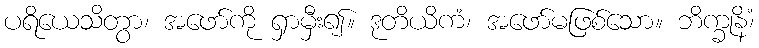
ပရိယေသိတွာ၊ အဖော်ကို ရှာမှီး၍။ ဒုတိယိကံ၊ အဖော်မဖြစ်သော။ ဘိက္ခုနိံ၊